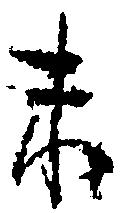
未